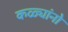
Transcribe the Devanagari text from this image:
कळ्यांनो